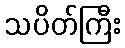
သပိတ်ကြီး